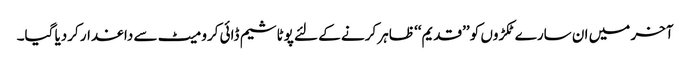
آخر میں ان سارے ٹکڑوں کو ’’قدیم‘‘ ظاہر کرنے کے لئے پوٹاشیم ڈائی کرومیٹ سے داغدار کردیا گیا۔